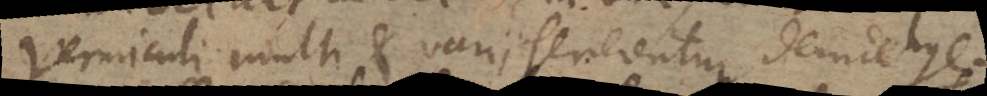
vermiculi multi et varii generentur deinde hye-